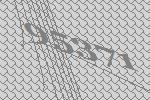
95371